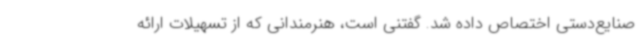
صنایع‌دستی اختصاص داده شد. گفتنی است، هنرمندانی که از تسهیلات ارائه